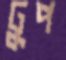
ঢুপ